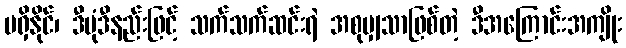
မရှိနိုင်၊ ဒီပုံဒီနည်းဖြင့် သက်သက်ဆင်းရဲ အစုမျှသာဖြစ်တဲ့ ဒီအကြောင်းအကျိုး